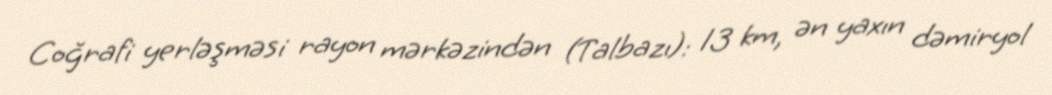
Coğrafi yerləşməsi rayon mərkəzindən (Talbazı): 13 km, ən yaxın dəmiryol